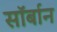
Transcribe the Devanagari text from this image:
सॉर्बान